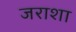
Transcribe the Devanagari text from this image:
जराशा